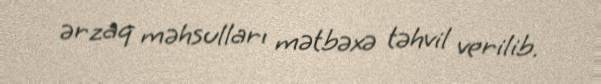
ərzaq məhsulları mətbəxə təhvil verilib.